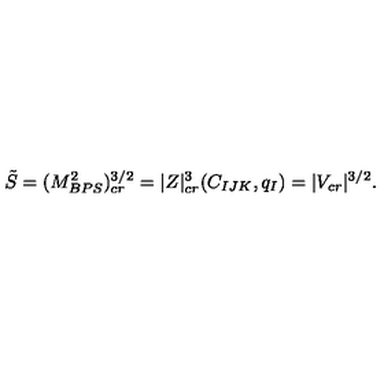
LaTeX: \tilde { S } = ( M _ { B P S } ^ { 2 } ) _ { c r } ^ { 3 / 2 } = | Z | _ { c r } ^ { 3 } ( C _ { I J K } , q _ { I } ) = | V _ { c r } | ^ { 3 / 2 } .